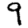
Digit: 9